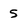
Character: 5